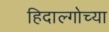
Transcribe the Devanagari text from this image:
हिदाल्गोच्या